Lunatic asylums Bombay report 1878-1890 - 1878-1890
Year: 1878
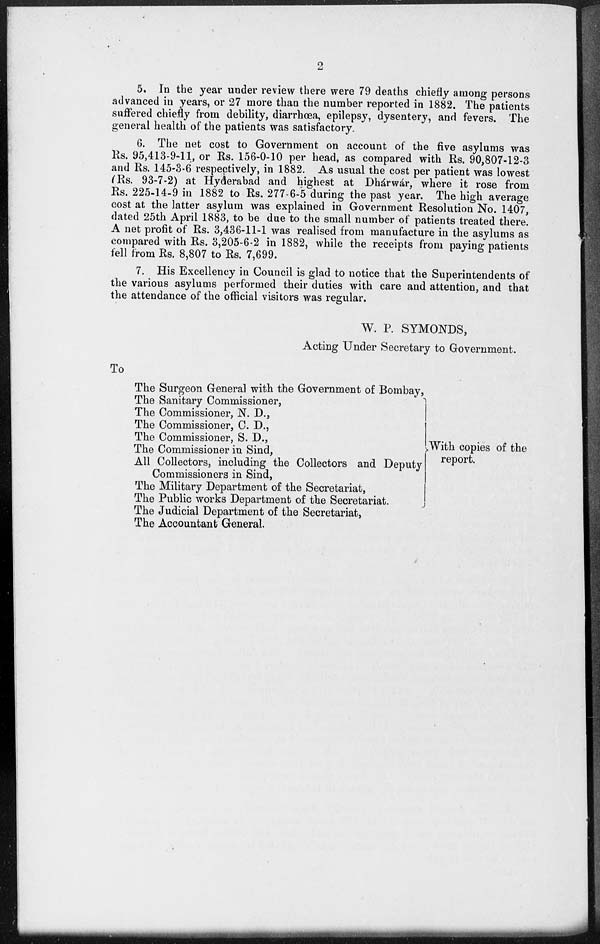
2
5. In the year under review there were 79 deaths chiefly among persons
advanced in years, or 27 more than the number reported in 1882. The patients
suffered chiefly from debility, diarrhœa, epilepsy, dysentery, and fevers. The
general health of the patients was satisfactory.
6. The net cost to Government on account of the five asylums was
Rs. 95,413-9-11, or Rs. 156-0-10 per head, as compared with Rs. 90,807-12-3
and Rs. 145-3-6 respectively, in 1882. As usual the cost per patient was lowest
(Rs. 93-7-2) at Hyderabad and highest at Dhárwár, where it rose from
Rs. 225-14-9 in 1882 to Rs. 277-6-5 during the past year. The high average
cost at the latter asylum was explained in Government Resolution No. 1407,
dated 25th April 1883, to be due to the small number of patients treated there.
A net profit of Rs. 3,436-11-1 was realised from manufacture in the asylums as
compared with Rs. 3,205-6-2 in 1882, while the receipts from paying patients
fell from Rs. 8,807 to Rs. 7,699.
7. His Excellency in Council is glad to notice that the Superintendents of
the various asylums performed their duties with care and attention, and that
the attendance of the official visitors was regular.
W. P. SYMONDS,
Acting Under Secretary to Government.
To
The Surgeon General with the Government of Bombay,
The Sanitary Commissioner,
The Commissioner, N. D.,
The Commissioner, C.D.,
The Commissioner, S. D.,
The Commissioner in Sind,
All Collectors, including the Collectors and Deputy
Commissioners in Sind,
The Military Department of the Secretariat,
The Public works Department of the Secretariat.
The Judicial Department of the Secretariat,
The Accountant General
With copies of the
report.